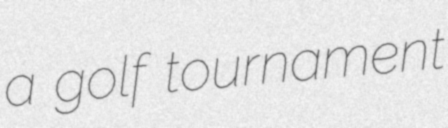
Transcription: a golf tournament